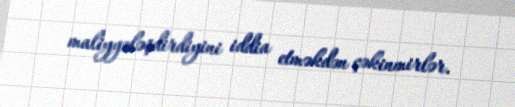
maliyyələşdirdiyini iddia etməkdən çəkinmirlər.